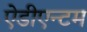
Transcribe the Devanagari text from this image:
ऐडीएन्टम